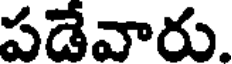
పడేవారు.